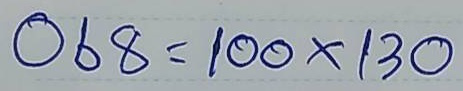
068 = 100x130